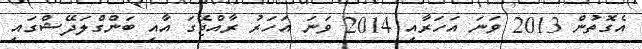
އެގޮތުން 2013 ވަނަ އަހަރާއި 2014 ވަނަ އަހަރު ރާއްޖޭގަ އާއި ބަންގްލަދޭޝްގައި